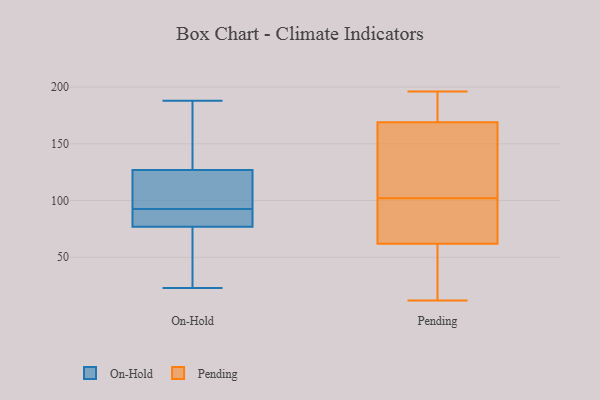
{"axis": {"x": "Tickets Resolved", "y": "Value"}, "legend": ["On-Hold", "Pending"], "data": [{"x": "", "y": 81, "type": "On-Hold"}, {"x": "", "y": 28, "type": "On-Hold"}, {"x": "", "y": 77, "type": "On-Hold"}, {"x": "", "y": 101, "type": "On-Hold"}, {"x": "", "y": 188, "type": "On-Hold"}, {"x": "", "y": 84, "type": "On-Hold"}, {"x": "", "y": 23, "type": "On-Hold"}, {"x": "", "y": 127, "type": "On-Hold"}, {"x": "", "y": 181, "type": "On-Hold"}, {"x": "", "y": 127, "type": "On-Hold"}, {"x": "", "y": 77, "type": "On-Hold"}, {"x": "", "y": 111, "type": "On-Hold"}, {"x": "", "y": 47, "type": "Pending"}, {"x": "", "y": 111, "type": "Pending"}, {"x": "", "y": 185, "type": "Pending"}, {"x": "", "y": 158, "type": "Pending"}, {"x": "", "y": 103, "type": "Pending"}, {"x": "", "y": 55, "type": "Pending"}, {"x": "", "y": 12, "type": "Pending"}, {"x": "", "y": 42, "type": "Pending"}, {"x": "", "y": 25, "type": "Pending"}, {"x": "", "y": 99, "type": "Pending"}, {"x": "", "y": 141, "type": "Pending"}, {"x": "", "y": 180, "type": "Pending"}, {"x": "", "y": 93, "type": "Pending"}, {"x": "", "y": 101, "type": "Pending"}, {"x": "", "y": 196, "type": "Pending"}, {"x": "", "y": 187, "type": "Pending"}, {"x": "", "y": 146, "type": "Pending"}, {"x": "", "y": 98, "type": "Pending"}, {"x": "", "y": 188, "type": "Pending"}, {"x": "", "y": 69, "type": "Pending"}]}